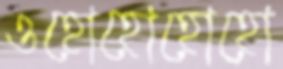
ওহোহোহোহো